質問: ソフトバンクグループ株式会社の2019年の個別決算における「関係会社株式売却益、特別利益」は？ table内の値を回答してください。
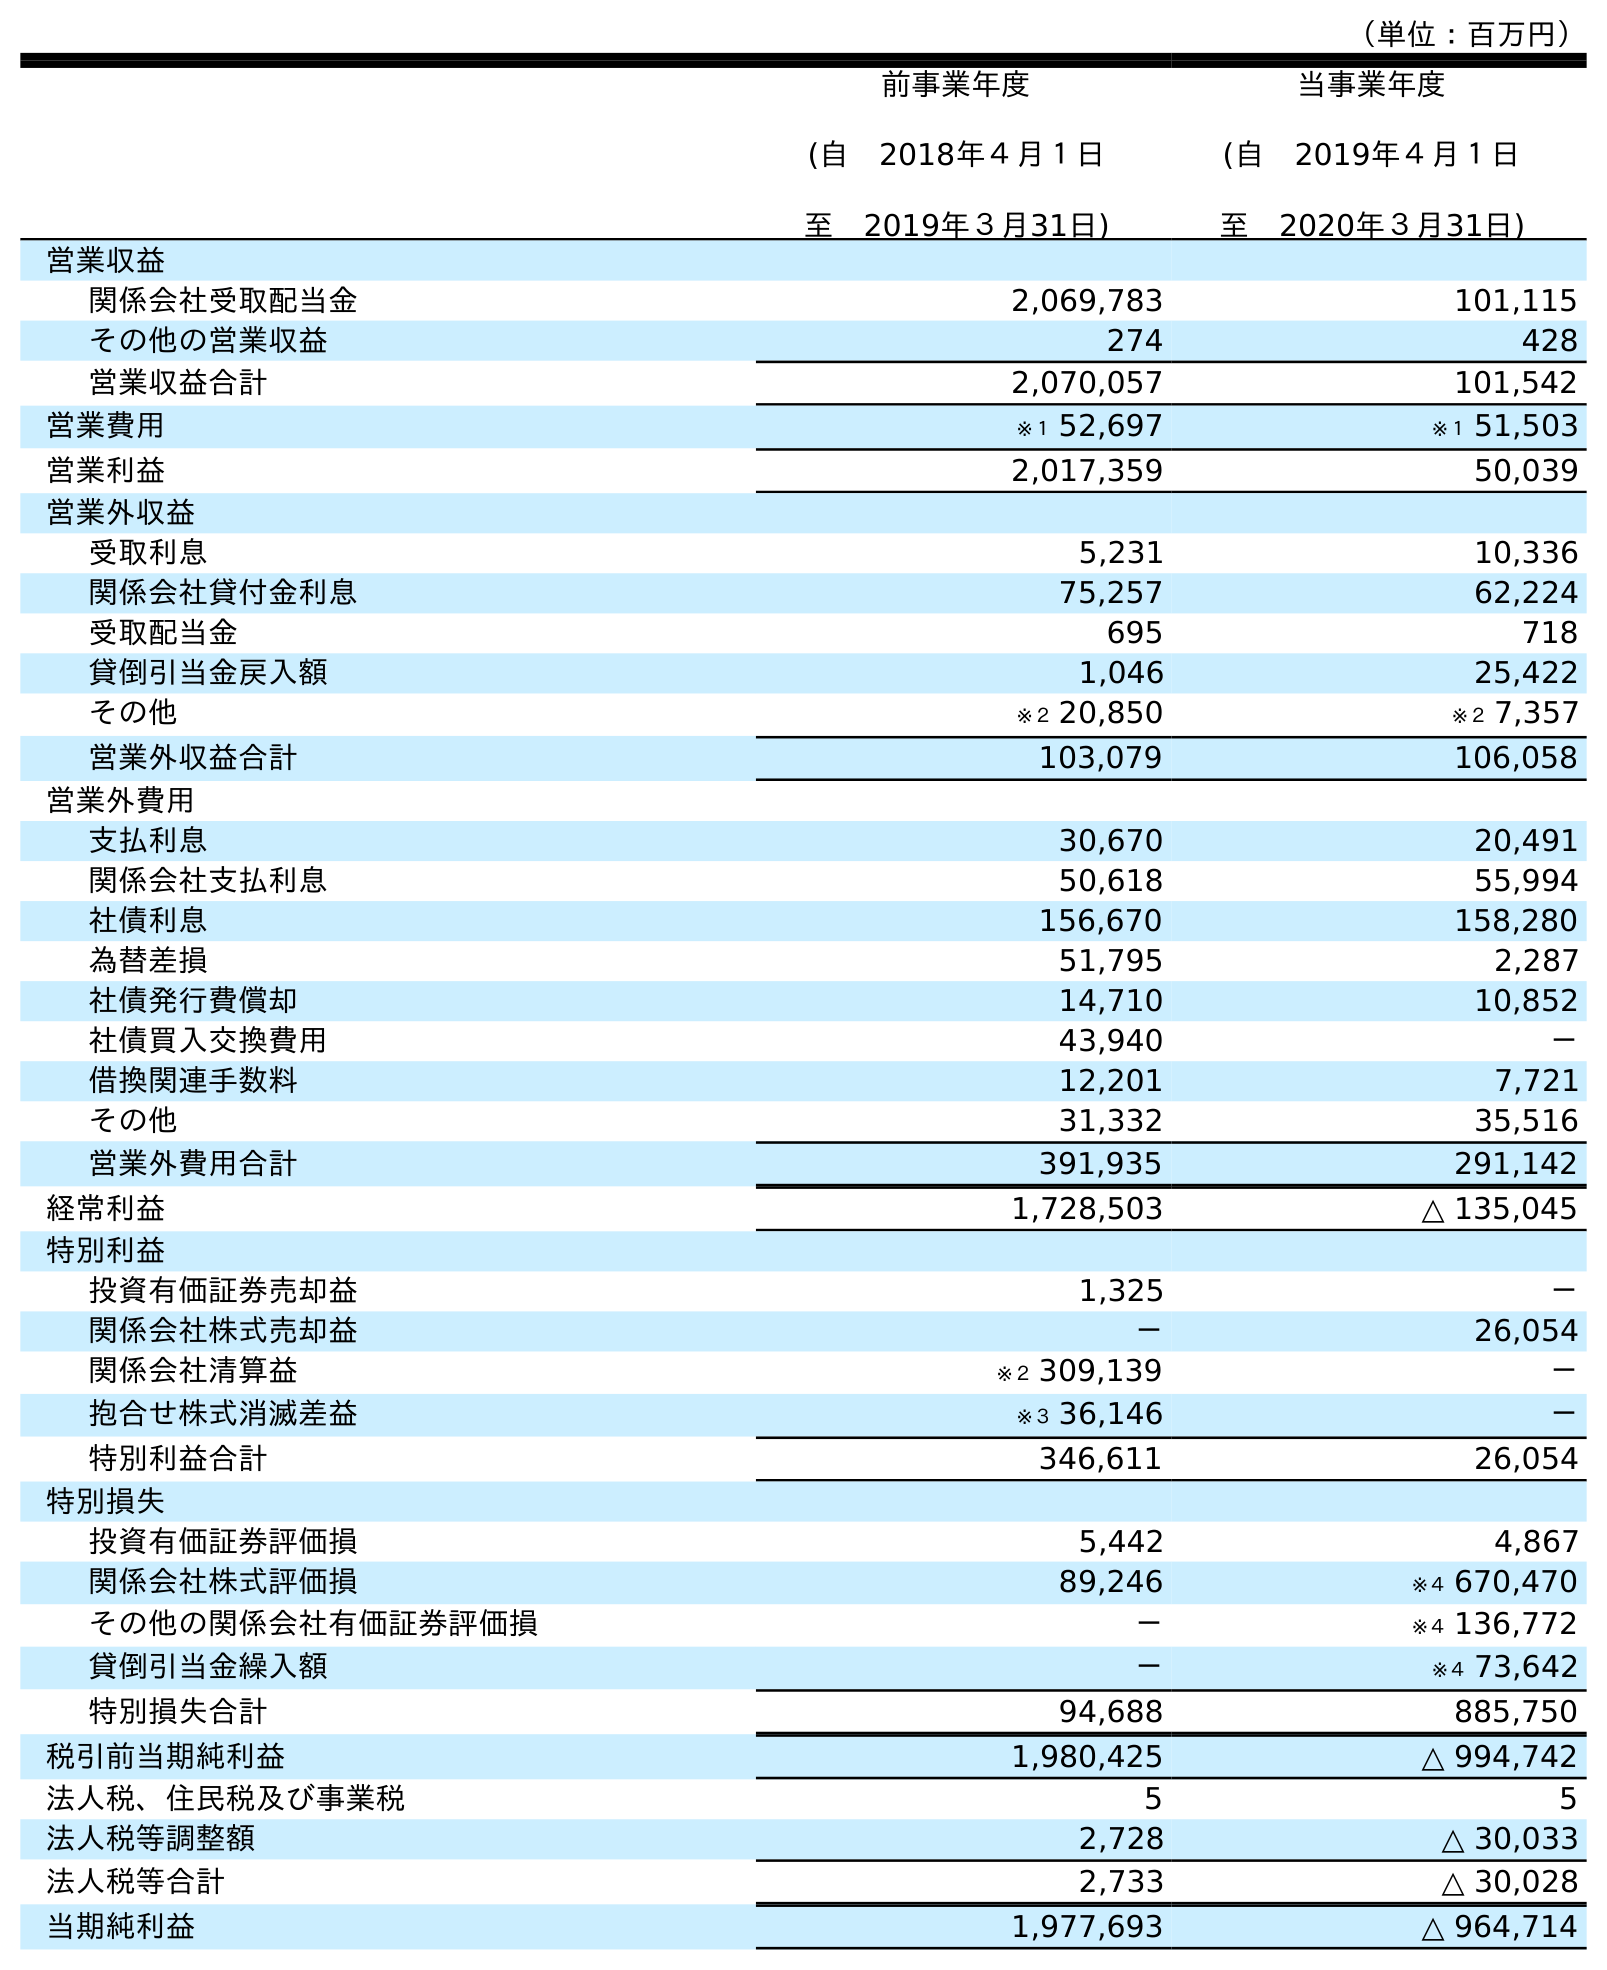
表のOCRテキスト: （単位：百万円） 前事業年度 (自 2018年４月１日 至 2019年３月31日) 当事業年度 (自 2019年４月１日 至 2020年３月31日) 営業収益 関係会社受取配当金 2,069,783 101,115 その他の営業収益 274 428 営業収益合計 2,070,057 101,542 営業費用 ※１ 52,697 ※１ 51,503 営業利益 2,017,359 50,039 営業外収益 受取利息 5,231 10,336 関係会社貸付金利息 75,257 62,224 受取配当金 695 718 貸倒引当金戻入額 1,046 25,422 その他 ※２ 20,850 ※２ 7,357 営業外収益合計 103,079 106,058 営業外費用 支払利息 30,670 20,491 関係会社支払利息 50,618 55,994 社債利息 156,670 158,280 為替差損 51,795 2,287 社債発行費償却 14,710 10,852 社債買入交換費用 43,940 － 借換関連手数料 12,201 7,721 その他 31,332 35,516 営業外費用合計 391,935 291,142 経常利益 1,728,503 △ 135,045 特別利益 投資有価証券売却益 1,325 － 関係会社株式売却益 － 26,054 関係会社清算益 ※２ 309,139 － 抱合せ株式消滅差益 ※３ 36,146 － 特別利益合計 346,611 26,054 特別損失 投資有価証券評価損 5,442 4,867 関係会社株式評価損 89,246 ※４ 670,470 その他の関係会社有価証券評価損 － ※４ 136,772 貸倒引当金繰入額 － ※４ 73,642 特別損失合計 94,688 885,750 税引前当期純利益 1,980,425 △ 994,742 法人税、住民税及び事業税 5 5 法人税等調整額 2,728 △ 30,033 法人税等合計 2,733 △ 30,028 当期純利益 1,977,693 △ 964,714
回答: －